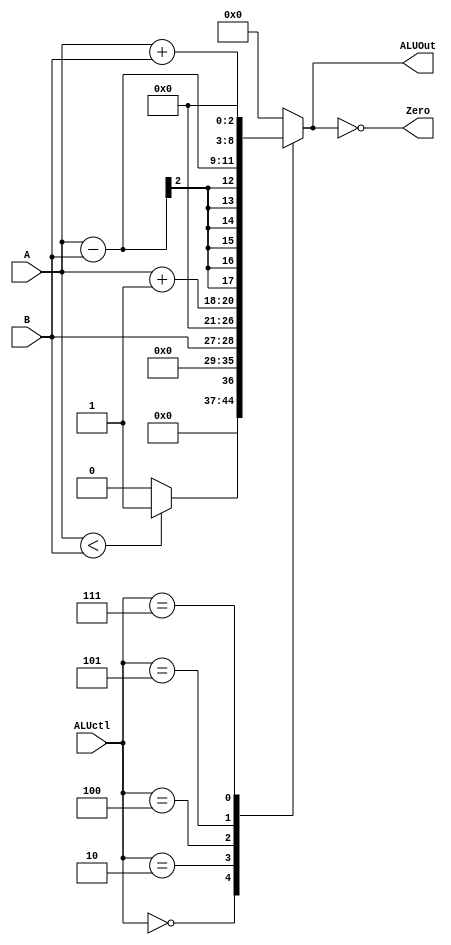
module ula (ALUctl, A, B, ALUOut, Zero);
	input [3:0] ALUctl; // cdigo das instrues
	input [1:0] A,B;	// registradores
	output reg [8:0] ALUOut;	// saida da ula
	output Zero;
	
	
	initial begin
		
		$display("Testando ULA...");
		$monitor(" controle = %b 	saida = %b  zero = %b  reg 1 = %b   reg 2 = %b", ALUctl, ALUOut,Zero, A, B);	
		

		end
	
	
	assign Zero = (ALUOut==0); //Zero is true if ALUOut is 0
	always @(ALUctl, A, B) begin //reevaluate if these change
		case (ALUctl)	
			0: ALUOut <= A < B ? 1 : 0;	// comp short	
			2: ALUOut <= B;			// mov
			4: ALUOut <= A + 1;		//inc
			5: ALUOut <= A - B;		//sub
			7: ALUOut <= A + B;		//add						
	default: ALUOut <=  0;				
		endcase							
	end
	
endmodule